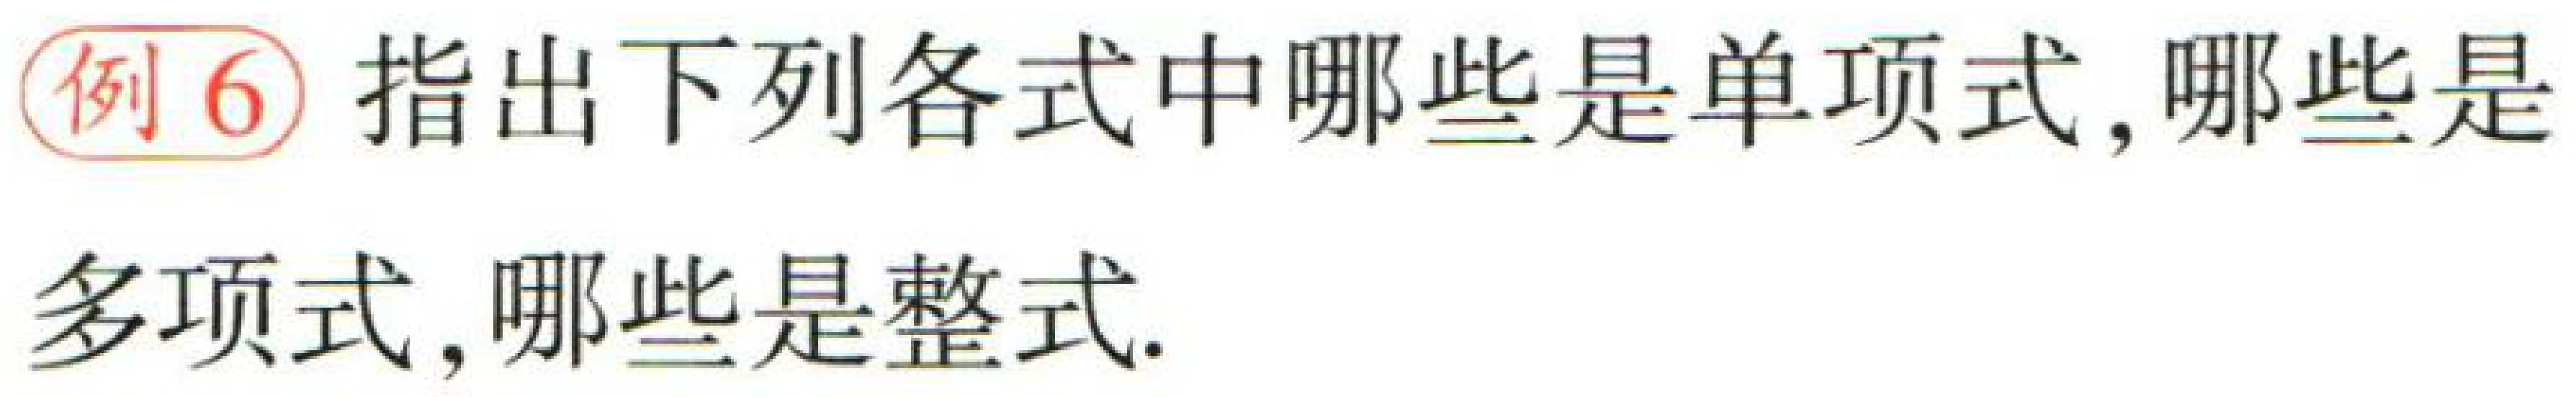
例6 指出下列各式中哪些是单项式, 哪些是多项式, 哪些是整式.